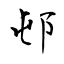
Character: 邨